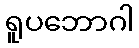
ရူပဘောဂါ